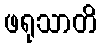
ဖရုသာတိ